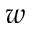
w